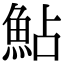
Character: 鮎